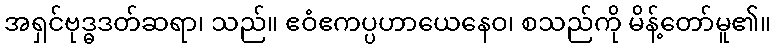
အရှင်ဗုဒ္ဓဒတ်ဆရာ၊ သည်။ ဧဝံဧကပ္ပဟာယေနေဝ၊ စသည်ကို မိန့်တော်မူ၏။